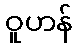
ဝူဟန်